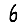
Digit: 6